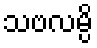
သဗလမ္ပိ